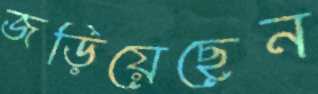
জড়িয়েছেন